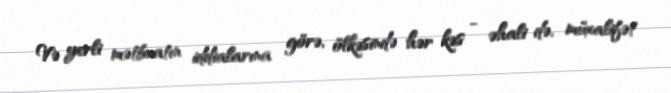
Və yerli mətbuatın iddialarına görə, ölkəsində hər kəs - əhali də, müxalifət